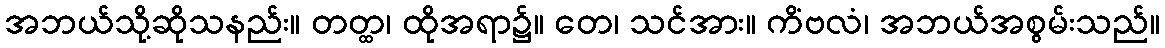
အဘယ်သို့ဆိုသနည်း။ တတ္ထ၊ ထိုအရာ၌။ တေ၊ သင်အား။ ကိံဗလံ၊ အဘယ်အစွမ်းသည်။